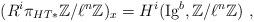
LaTeX: \begin{align*}(R^i\pi_{HT\ast} \mathbb Z/\ell^n \mathbb Z)_x = H^i(\mathrm{Ig}^b,\mathbb Z/\ell^n \mathbb Z)\ ,\end{align*}